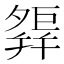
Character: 𢆢